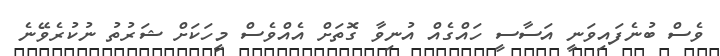
ވެސް ބުނެފައިވަނީ އަސާސީ ހައްގެއް އުނިވާ ގޮތަށް އެއްވެސް މީހަކަށް ޝަރުތު ނުކުރެވޭނެ